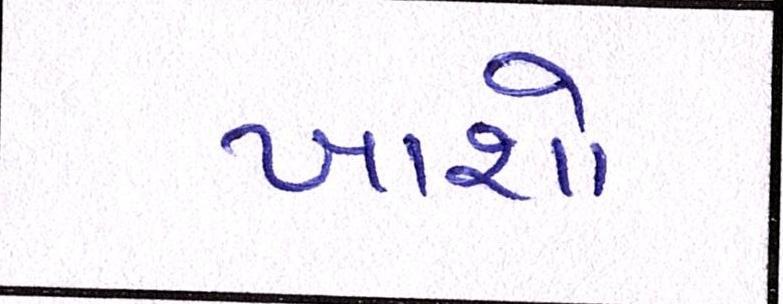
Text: ખાશો